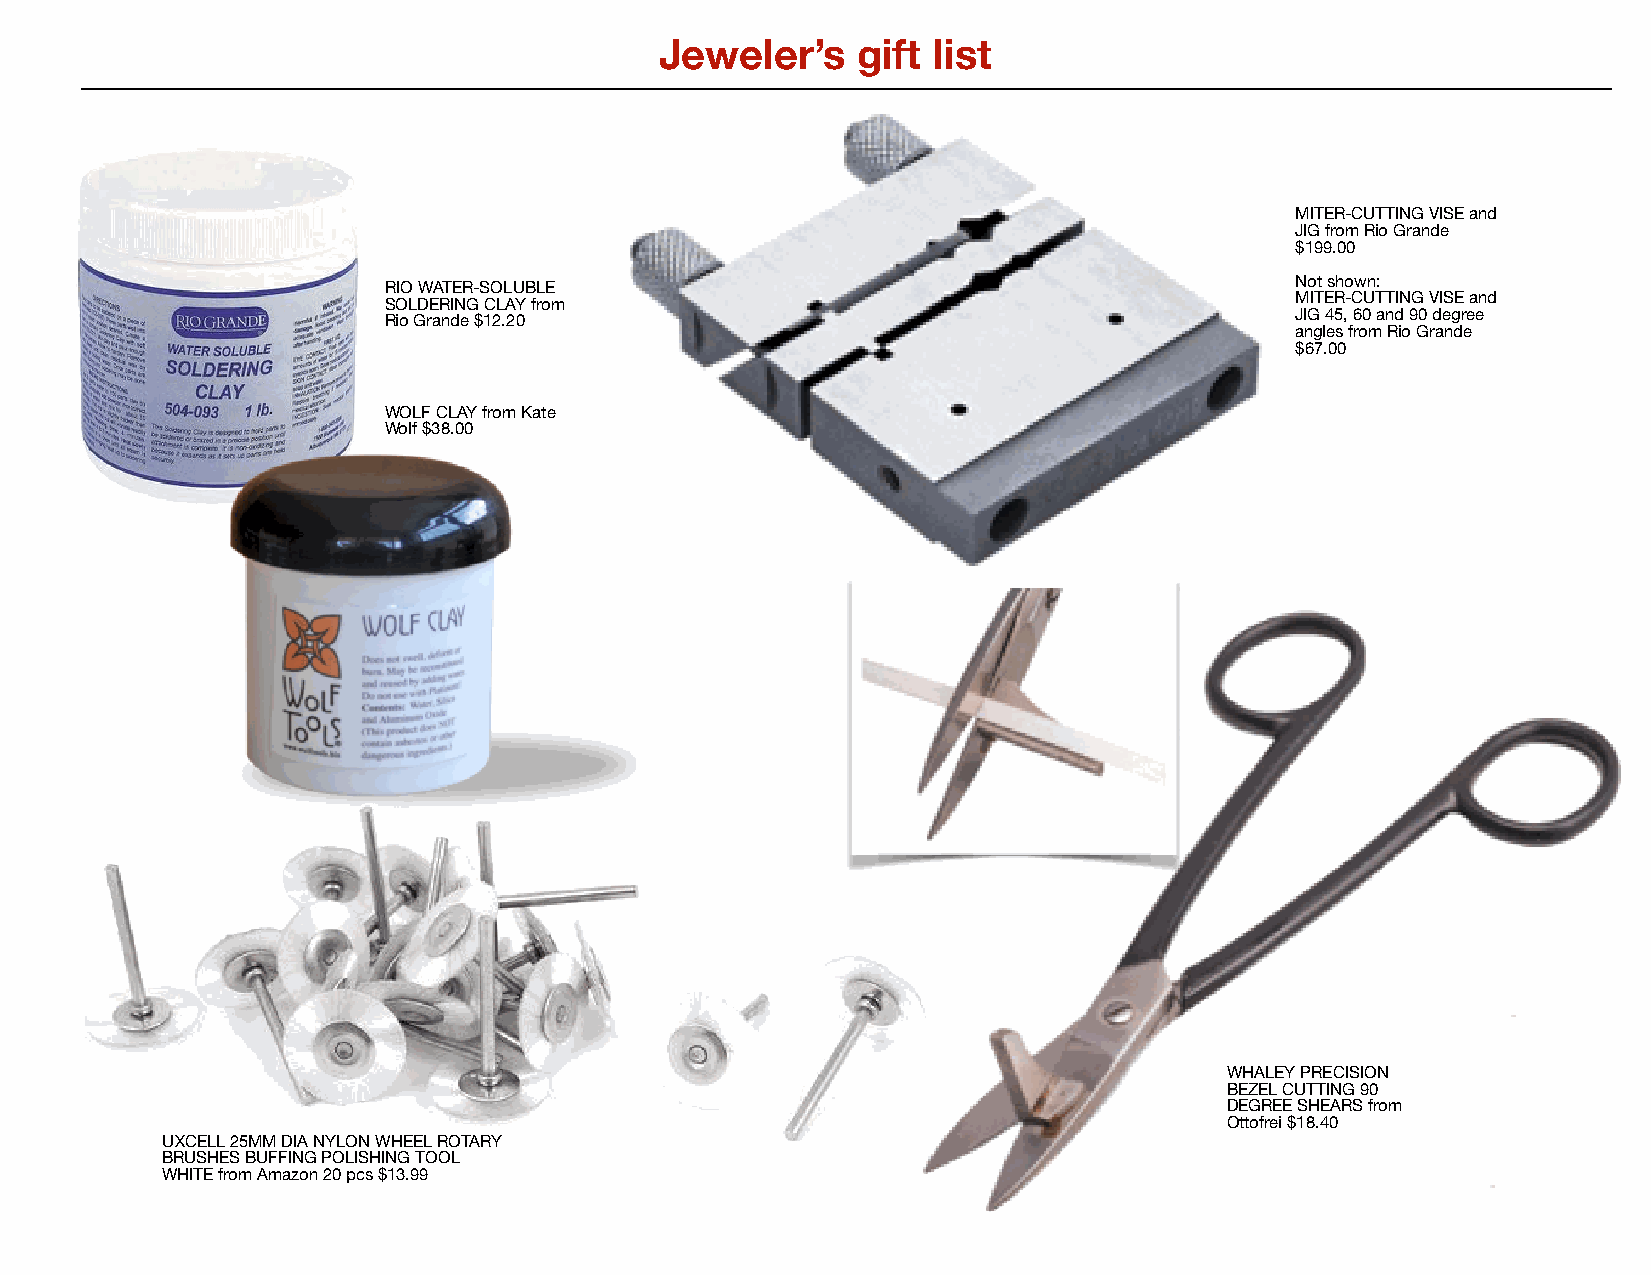
Jeweler’s    gift list
 MITER-CUTTING VISE and
 JIG from Rio Grande
 $199.00
 Not shown:
 RIO WATER-SOLUBLE
 MITER-CUTTING VISE and
 SOLDERING CLAY from
 JIG 45, 60 and 90 degree
 Rio Grande $12.20
 angles from Rio Grande
 $67.00
 WOLF CLAY from Kate
 Wolf $38.00
 WHALEY PRECISION
 BEZEL CUTTING 90
 DEGREE SHEARS from
 Ottofrei $18.40
 UXCELL 25MM DIA NYLON WHEEL ROTARY
 BRUSHES BUFFING POLISHING TOOL
 WHITE from Amazon 20 pcs $13.99